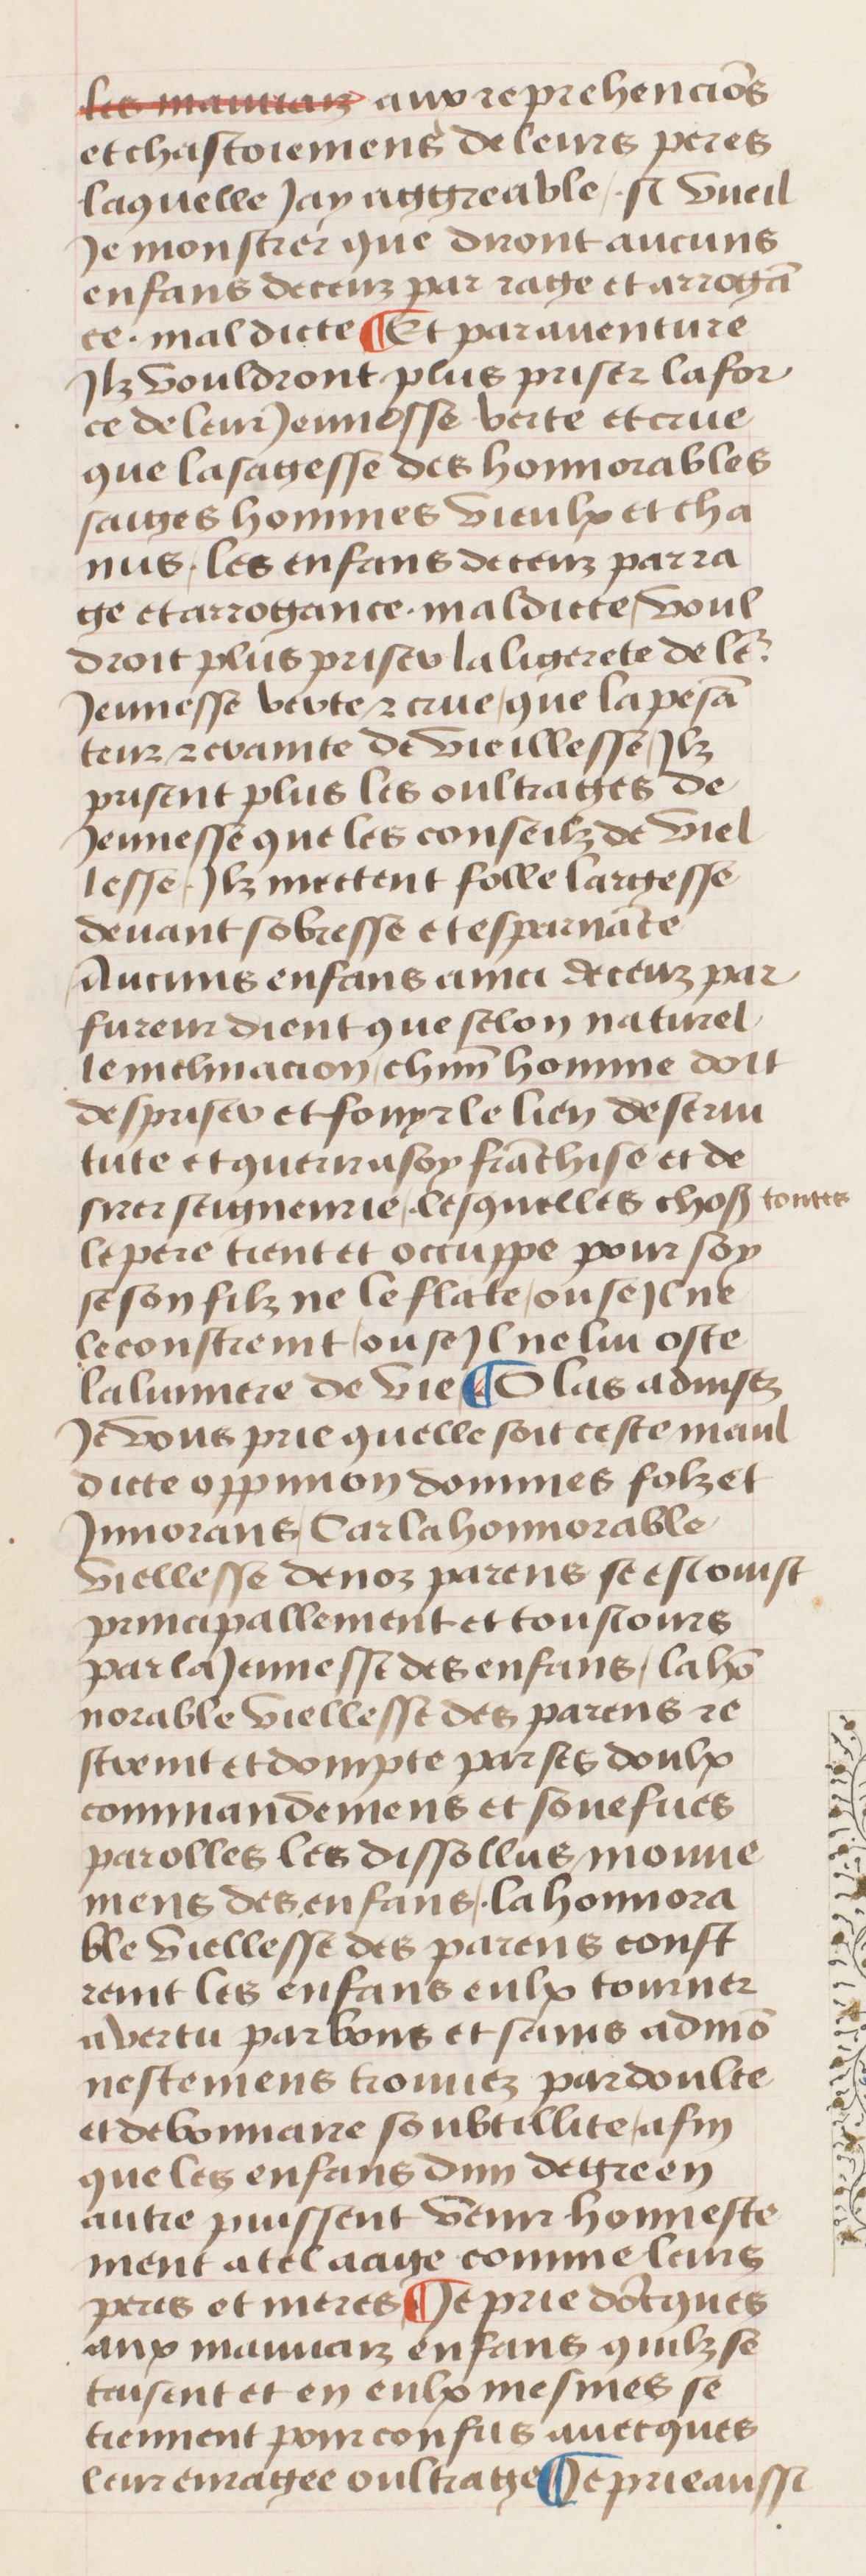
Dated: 1400–1499